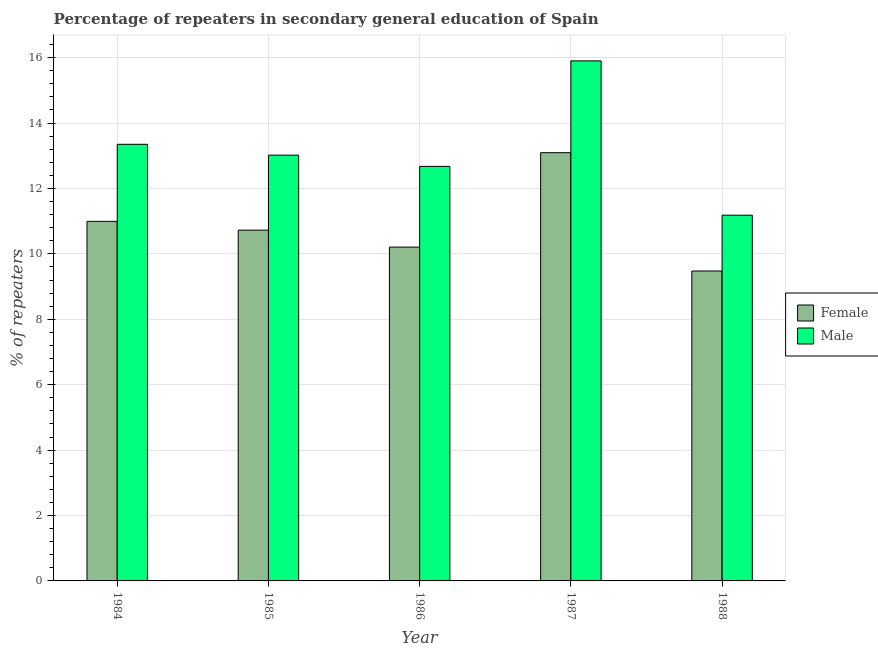
| Year | Female | Male |
 | --- | --- | --- |
 | 1984 | 11 | 13.3 |
 | 1985 | 10.7 | 13 |
 | 1986 | 10.2 | 12.7 |
 | 1987 | 13.1 | 15.9 |
 | 1988 | 9.48 | 11.2 |